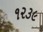
૧૨૩૯